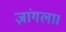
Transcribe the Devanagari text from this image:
ज़ांगला।